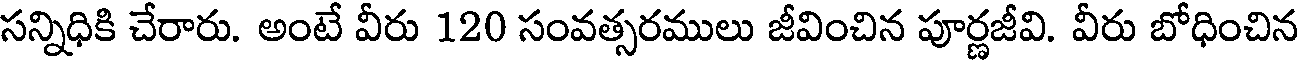
సన్నిధికి చేరారు. అంటే వీరు 120 సంవత్సరములు జీవించిన పూర్ణజీవి. వీరు బోధించిన